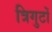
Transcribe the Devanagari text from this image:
त्रिगुटों